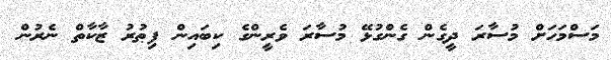
މަސްމަހަށް މުސާރަ ދީގެން ގެންގުޅޭ މުސާރަ ވެރީންގެ ކިބައިން ފިޠުރު ޒާކާތް ނެރުން